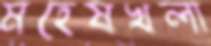
মহেষখলা